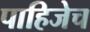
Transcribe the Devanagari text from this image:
पाहिजेच